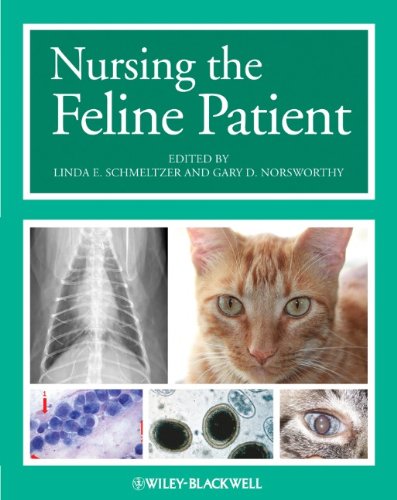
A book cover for Nursing the Feline Patient; Medical Books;